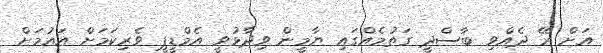
އަށް ރޭ ދެއްވި ބާސްދީ ގަތުމެއްގައި ޔާމީން ވިދާޅުވީ އެމްޑީޕީ ވެރިކަމަށް އައުމަށް